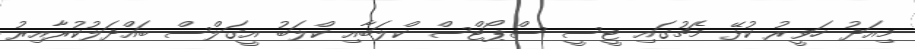
މިއަދު ހަވީރު ކުޅޭ މެޗުގައި ޓީސީ ސްޕޯޓްސް ކްލަބާއި ކްލަބު އީގަލްސް ބައްދަލުކުރާއިރު